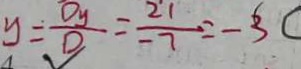
y = \frac { D _ { y } } { D } = \frac { 2 1 } { - 7 } = - 3